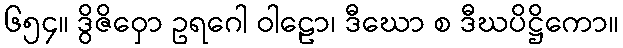
၆၅၄။ ဒွိဇိဝှော ဥရဂေါ ဝါဠော၊ ဒီဃော စ ဒီဃပိဋ္ဌိကော။